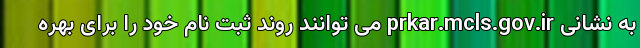
به نشانی prkar.mcls.gov.ir می توانند روند ثبت نام خود را برای بهره